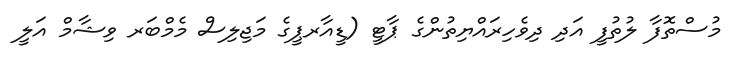
މުސްތޮފާ ލުތުފީ އަދި ދިވެހިރައްޔިތުންގެ ޕާޓީ (ޑީއާރޕީގެ މަޖިލިސް މެމްބަރ ވިޝާމް އަލީ